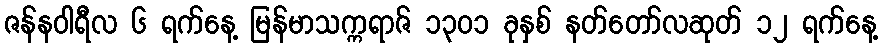
ဇန်နဝါရီလ ၆ ရက်နေ့ မြန်မာသက္ကရာဇ် ၁၃၀၁ ခုနှစ် နတ်တော်လဆုတ် ၁၂ ရက်နေ့